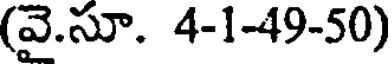
(వై.సూ. 4-1-49-50)